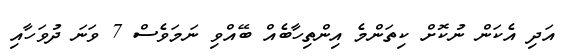
އަދި އެކަން ނުކޮށް ކިތަންމެ އިންތިހާބެއް ބޭއްވި ނަމަވެސް 7 ވަނަ ދުވަހާއި